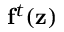
\mathbf f ^ { t } ( \mathbf z )